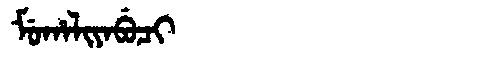
Manchu: ᠮᡠᡥᠠᠯᡳᠶᠠᠪᡠᠴᡳ
Romanization: MUHALIYABUCI